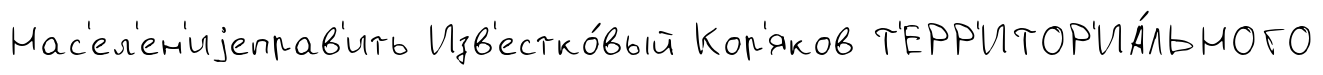
Нас'ел'ен'иjеправ'ить Изв'естко́вый Кор'яков Т'ЕРР'ИТОР'ИА́ЛЬНОГО